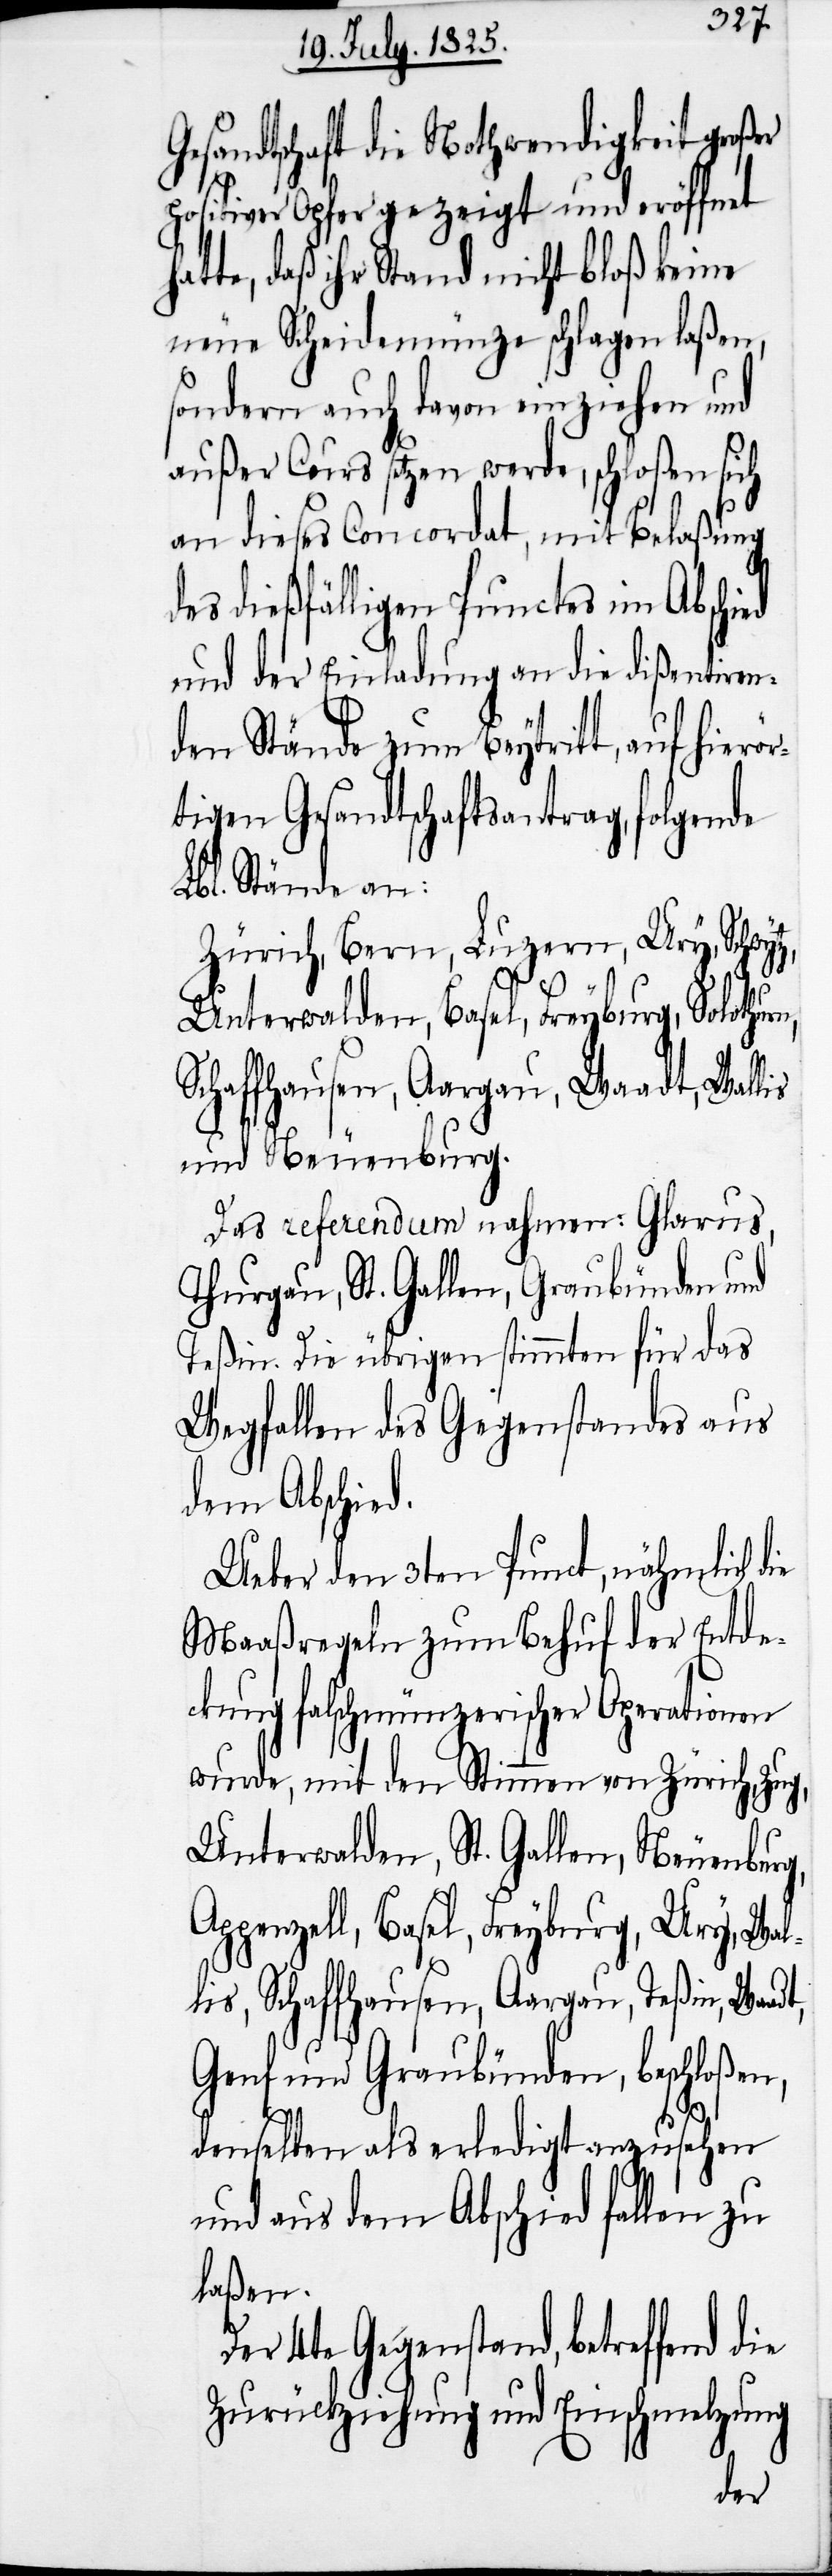
Gesandtschaft die Nothwendigkeit großer
politischer Opfer gezeigt und eröffnet
tte, daß ihr Stand nicht bloß keine
neue Scheidemünze schlagen laßen,
sondern auch davon einziehen und
außer Cours setzen werde, schloßen sich
an dieses Concordat, mit Belaßung
des dießfälligen Punctes im Abschied
und der Einladung an die dißentiren¬
den Stände zum Beytritt, auf hier¬
tligen Gesellschaftsantrag, folgende
Lbl. Stände an:
Zürich, Bern, Luzern, Ury,
Unterwalden, Basel, Freyburg, Solothu¬
Schaffhausen, Aargau, Waadt, Wallis
und Neuenburg.
Das referendum nahmen: Glarus,
Thurgau, St. Gallen, Graubünden und
Teßin. Die übrigen stimmten für das
Wegfallen des Gegenstandes aus
dem Abschied.
Ueber dem 3ten Punct, nähmlich die
Maaßregeln zum Behuf der Entde¬
ckung falschmünzerischer Aperationen
wurde, mit den Stimmen von Zürich, Zug,
Unterwalden, St. Gallen, Neuenburg,
Appenzell, Basel, Freyburg, Ury, Wal¬
lis, Schaffhausen, Aargau, Teßin, Waadt,
Genf und Graubünden, beschloßen,
denselben das erledigt anzusehen
und aus dem Abschied fallen zu
laßen.
4te Gegenstand, betreffend
Zurückziehung und Einschmelzung
rn,